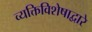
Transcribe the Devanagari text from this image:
व्यक्तिविशेषाद्वारे